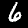
Label: 6